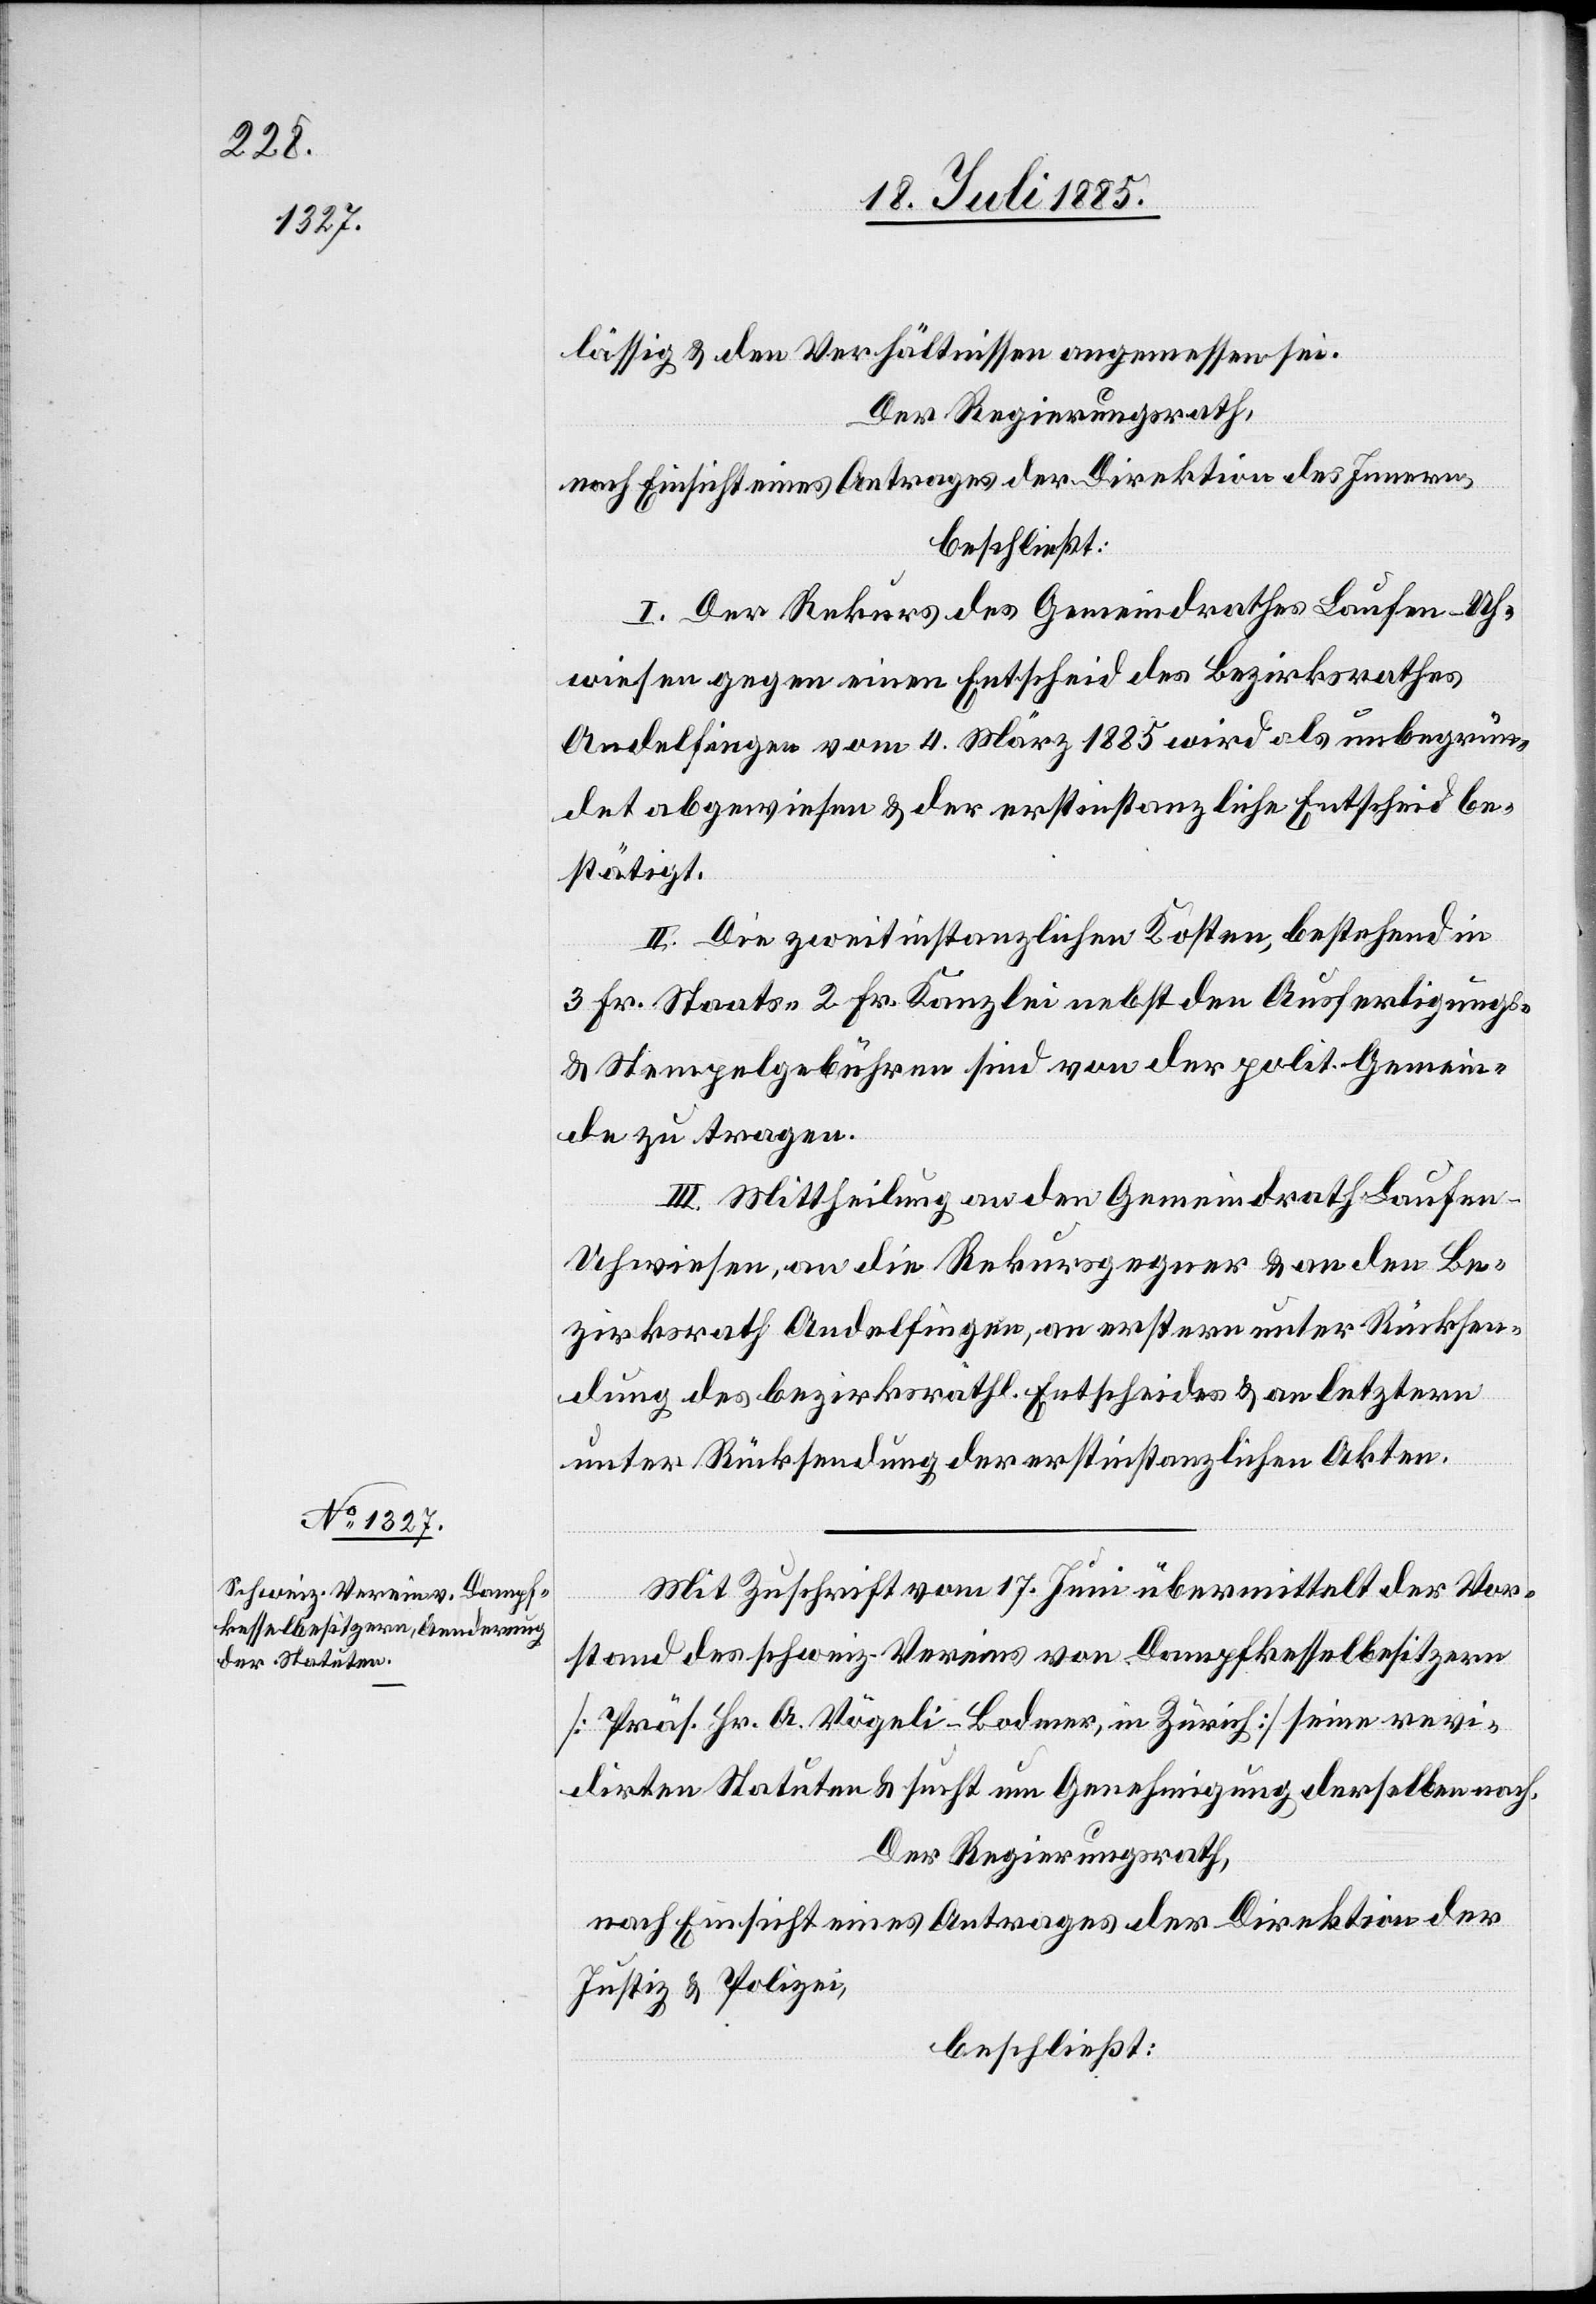
lässig & den Verhältnissen angemessen sei.
Der Regierungsrath,
nach Einsicht eines Antrages der Direktion des Innern,
beschließt:
I. Der Rekurs des Gemeindrathes Laufen-Uh¬
wiesen gegen einen Entscheid des Bezirksrathes
Andelfingen vom 4. März 1885 wird als unbegrün¬
det abgewiesen & der erstinstanzliche Entscheid be¬
stätigt.
II. Die zweitinstanzlichen Kosten, bestehend in
3 Fr. Staats-[,] 2 Fr. Kanzlei nebst den Ausfertigungs-
& Stempelgebühren sind von der polit. Gemein¬
de zu tragen.
III. Mittheilung an den Gemeindrath Laufen-U¬
hwiesen, an die Rekursgegner & an den Be¬
zirksrath Andelfingen, an erstern unter Rücksen¬
dung des bezirksräthl. Entscheides & an letztern
unter Rücksendung der erstinstanzlichen Akten.
Mit Zuschrift vom 17. Juni übermittelt der Vor¬
stand des schweiz. Vereins von Dampfkesselbesitzern
[Präs. Hr. A. Vögeli-Bodmer, in Zürich] seine revi¬
dirten Statuten & sucht um Genehmigung derselben nach.
Der Regierungsrath,
nach Einsicht eines Antrages der Direktion der
Justiz & Polizei,
beschließt: